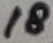
Text: 18